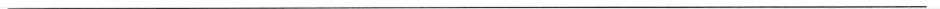
___